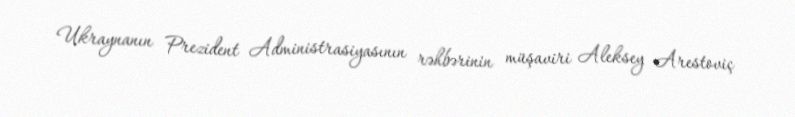
Ukraynanın Prezident Administrasiyasının rəhbərinin müşaviri Aleksey Arestoviç